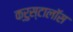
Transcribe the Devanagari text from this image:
क्रुस्टालॉस